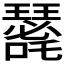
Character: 𭌐